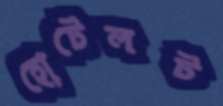
হোটেলট